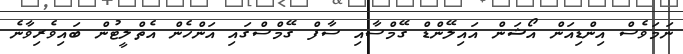
ނަމަވެސް އިންޑިއަން އޯޝަން އައިލޭންޑް ގޭމްސާއި ސާފް ގޭމްސްގައި އަންހެން އެތްލީޓުން ބައިވެރިވާނެ